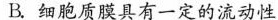
B.细胞质膜具有一定的流动性